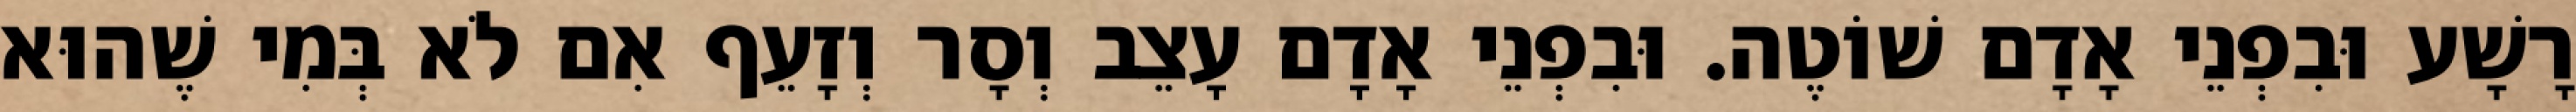
רָשָׁע וּבִפְנֵי אָדָם שׁוֹטֶה. וּבִפְנֵי אָדָם עָצֵב וְסָר וְזָעֵף אִם לֹא בְּמִי שֶׁהוּא